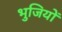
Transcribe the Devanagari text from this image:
भुजियों